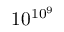
1 0 ^ { 1 0 ^ { 9 } }